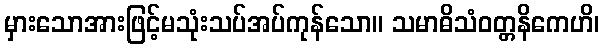
မှားသောအားဖြင့်မသုံးသပ်အပ်ကုန်သော။ သမာဓိသံဝတ္တနိကေဟိ၊